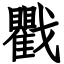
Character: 戵